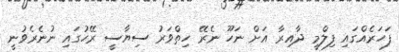
ފަހަރެއްގައި ފިލްމީ ދާއިރާ އަށް ނަހޫ ނެރޭ ހިތްވަރު ސިޔާސީ ރޭހުގައި ނުނެރެވުނީ